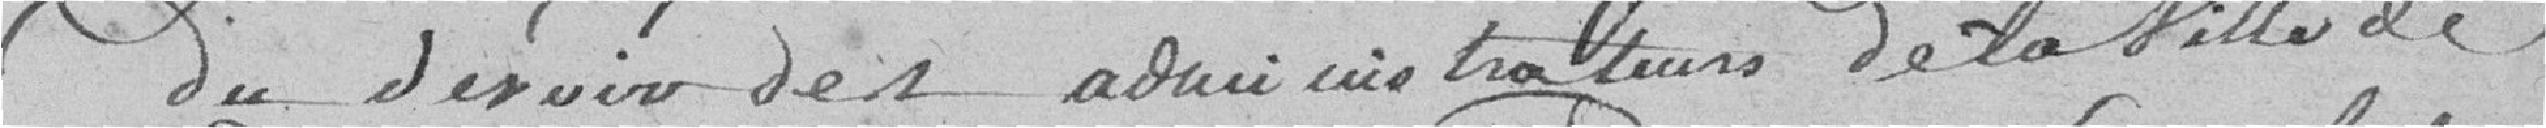
du devoir des administrateurs de la ville de